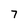
Character: 7